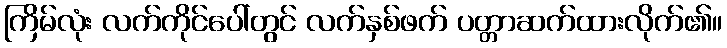
ကြိမ်လုံး လက်ကိုင်ပေါ်တွင် လက်နှစ်ဖက် ပတ္တာဆက်ထားလိုက်၏။